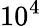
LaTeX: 10^{4}